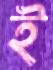
ই